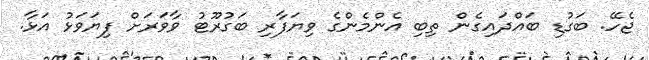
ޖެހޭ. ބަގުޑި ބައްދައިގެން ތިބި އެންމެންގެ ވިޔަފާރި ބަގުރޫޓު ވާވަރަށް ފިޔަވަޅު އަޅާ.